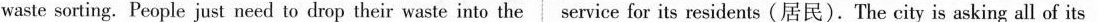
waste sorting. People just need to drop their waste into the service for its residents (居民).The city is asking all of its